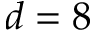
d = 8